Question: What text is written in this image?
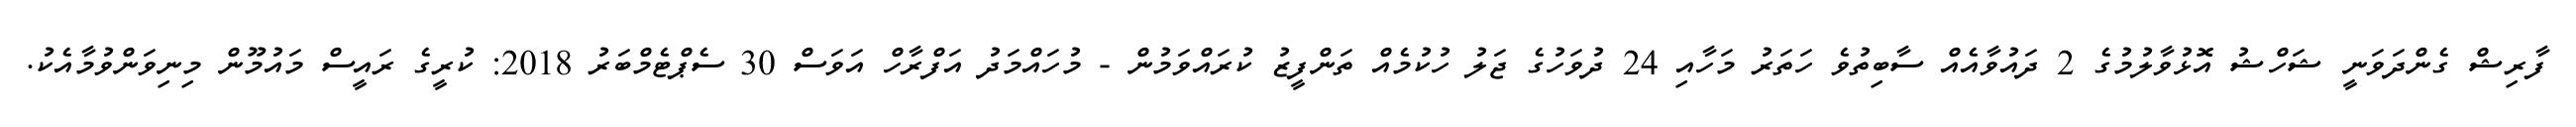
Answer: ފާރިޝް ގެންދަވަނީ ޝަހްޝު އޮޅުވާލުމުގެ 2 ދައުވާއެއް ސާބިތުވެ ހަތަރު މަހާއި 24 ދުވަހުގެ ޖަލު ހުކުމެއް ތަންފީޒު ކުރައްވަމުން - މުހައްމަދު އަފްރާހް އަވަސް 30 ސެޕްޓެމްބަރު 2018: ކުރީގެ ރައީސް މައުމޫން މިނިވަންވުމާއެކު.